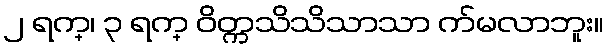
၂ ရက္၊ ၃ ရက္ ဝိတ္ကသိသိသာသာ က်မလာဘူး။